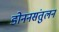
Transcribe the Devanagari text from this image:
डोननसंतुलन